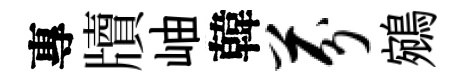
專牘岫韓芬鵷